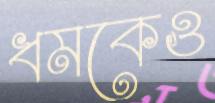
ধমকেও